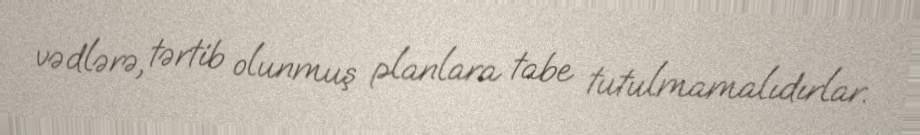
vədlərə, tərtib olunmuş planlara tabe tutulmamalıdırlar.